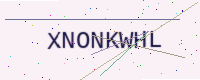
Text: XNONKWHL